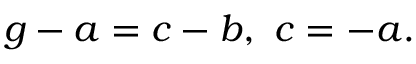
g - a = c - b , \ c = - a .